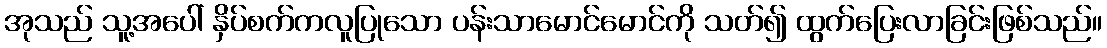
အုသည် သူ့အပေါ် နှိပ်စက်ကလူပြုသော ပန်းသာမောင်မောင်ကို သတ်၍ ထွက်ပြေးလာခြင်းဖြစ်သည်။